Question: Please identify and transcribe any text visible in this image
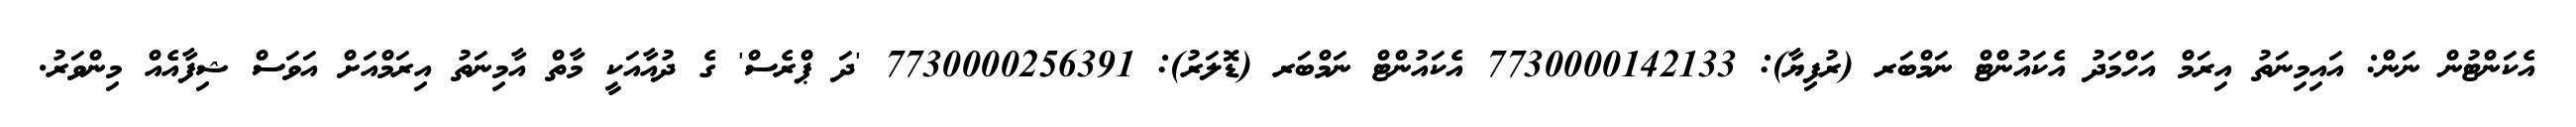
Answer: އެކަންޓުން ނަން: އައިމިނަތު އިރަމް އަހްމަދު އެކައުންޓް ނަމްބަރ (ރުފިޔާ): 7730000142133 އެކައުންޓް ނަމްބަރ (ޑޮލަރު): 7730000256391 'ދަ ޕްރެސް' ގެ ދުއާއަކީ މާތް އާމިނަތު އިރަމްއަށް އަވަސް ޝިފާއެއް މިންވަރު.